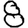
Digit: 8